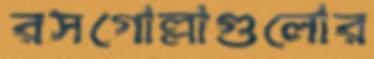
রসগোল্লাগুলোর